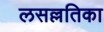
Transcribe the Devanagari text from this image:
लसल्लतिका